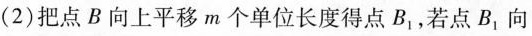
(2)把点B向上平移m个单位长度得点B_{1} ，若点B_{1}向